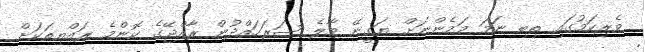
ވެރިކަމުގައި ތިބި ނަމަ މަމެންނަށް ޔަގީނޭ މާލެ ސަރަހައްދުން ރާއްޖޭގެ ކޮންމެ ރައްޔިތަކަށް